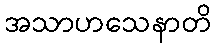
အသာဟသေနာတိ